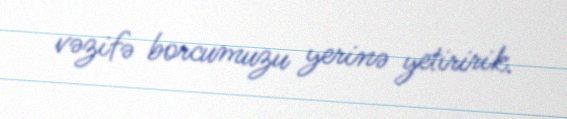
vəzifə borcumuzu yerinə yetiririk.